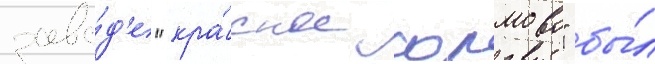
заво́д'е "кра́сное сормово" бы́л